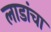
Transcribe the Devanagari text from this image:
लाडांचा